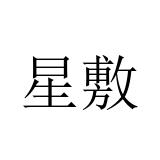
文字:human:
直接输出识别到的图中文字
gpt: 星敷